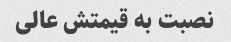
نصبت به قیمتش عالی